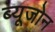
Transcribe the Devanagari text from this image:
ब्यूजोन